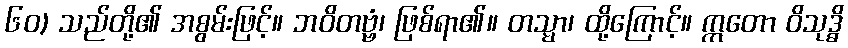
၆၀) သည်တို့၏ အစွမ်းဖြင့်။ ဘဝိတဗ္ဗံ၊ ဖြစ်ရာ၏။ တသ္မာ၊ ထို့ကြောင့်။ ဣတော ဝိသုဒ္ဓိ